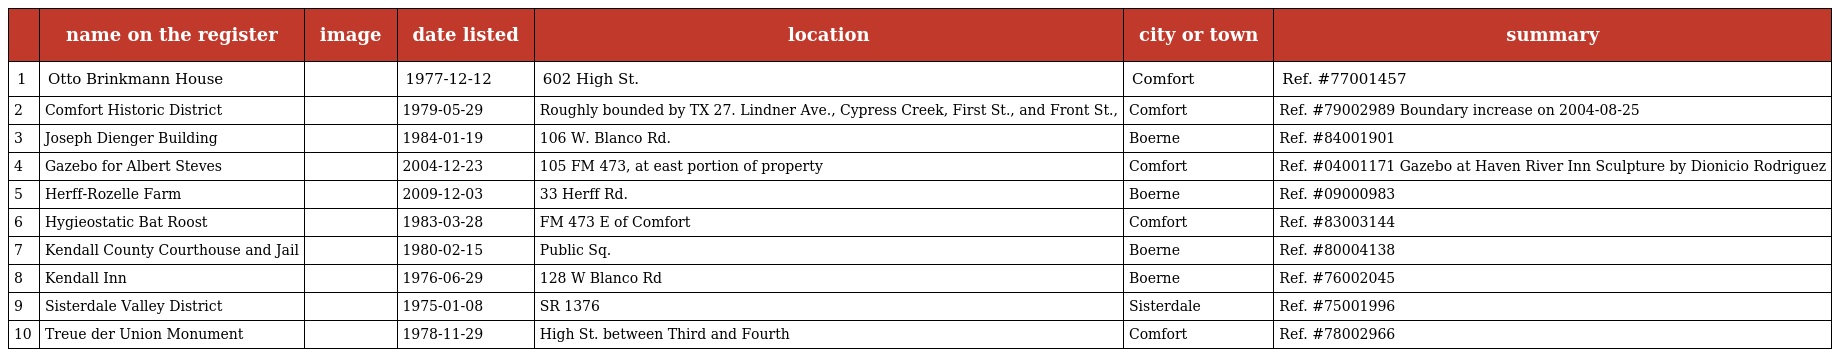
|  | name on the register | image | date listed | location | city or town | summary |
 | --- | --- | --- | --- | --- | --- | --- |
 | 1 | Otto Brinkmann House |  | 1977-12-12 | 602 High St. | Comfort | Ref. #77001457 |
 | 2 | Comfort Historic District |  | 1979-05-29 | Roughly bounded by TX 27. Lindner Ave., Cypress Creek, First St., and Front St., | Comfort | Ref. #79002989 Boundary increase on 2004-08-25 |
 | 3 | Joseph Dienger Building |  | 1984-01-19 | 106 W. Blanco Rd. | Boerne | Ref. #84001901 |
 | 4 | Gazebo for Albert Steves |  | 2004-12-23 | 105 FM 473, at east portion of property | Comfort | Ref. #04001171 Gazebo at Haven River Inn Sculpture by Dionicio Rodriguez |
 | 5 | Herff-Rozelle Farm |  | 2009-12-03 | 33 Herff Rd. | Boerne | Ref. #09000983 |
 | 6 | Hygieostatic Bat Roost |  | 1983-03-28 | FM 473 E of Comfort | Comfort | Ref. #83003144 |
 | 7 | Kendall County Courthouse and Jail |  | 1980-02-15 | Public Sq. | Boerne | Ref. #80004138 |
 | 8 | Kendall Inn |  | 1976-06-29 | 128 W Blanco Rd | Boerne | Ref. #76002045 |
 | 9 | Sisterdale Valley District |  | 1975-01-08 | SR 1376 | Sisterdale | Ref. #75001996 |
 | 10 | Treue der Union Monument |  | 1978-11-29 | High St. between Third and Fourth | Comfort | Ref. #78002966 |